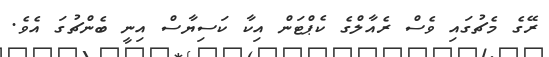
ރޭގެ މެޗުގައި ވެސް ރެއާލްގެ ކެޕްޓަން އިކާ ކަސިޔާސް އިނީ ބެންޗުގަ އެވެ.